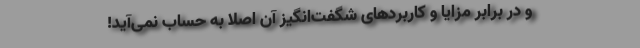
و در برابر مزایا و کاربردهای شگفت‌­انگیز آن اصلا به حساب نمی­‌آید!